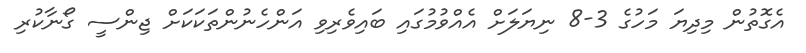
އެގޮތުން މިދިޔަ މަހުގެ 3-8 ނިޔަލަށް އެއްވުމުގައި ބައިވެރިވި އަންހެނުންތަކަކަށް ޖިންސީ ގޯނާކުރި